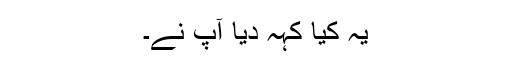
یہ کیا کہہ دیا آپ نے۔